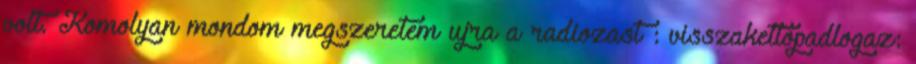
volt. Komolyan mondom megszeretem ujra a radiozast : visszakettopadlogaz: